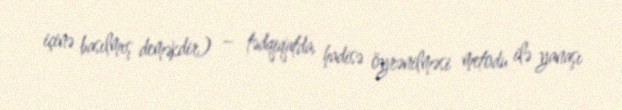
içinə basılmış deməkdir) – tədqiqatda, hadisə öyrənilməsi metodu ilə yanaşı